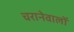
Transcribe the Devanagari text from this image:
चरानेवालों